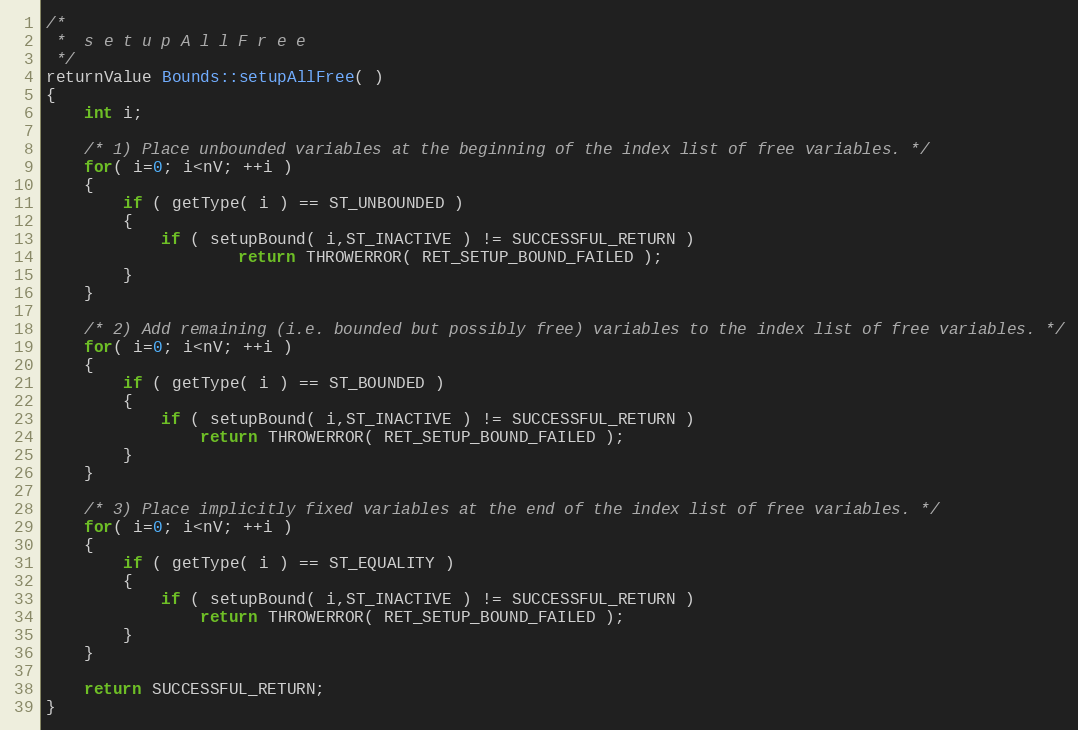
Language: C++
/*
 *	s e t u p A l l F r e e
 */
returnValue Bounds::setupAllFree( )
{
	int i;

	/* 1) Place unbounded variables at the beginning of the index list of free variables. */
	for( i=0; i<nV; ++i )
	{
		if ( getType( i ) == ST_UNBOUNDED )
		{
			if ( setupBound( i,ST_INACTIVE ) != SUCCESSFUL_RETURN )
					return THROWERROR( RET_SETUP_BOUND_FAILED );
		}
	}

	/* 2) Add remaining (i.e. bounded but possibly free) variables to the index list of free variables. */
	for( i=0; i<nV; ++i )
	{
		if ( getType( i ) == ST_BOUNDED )
		{
			if ( setupBound( i,ST_INACTIVE ) != SUCCESSFUL_RETURN )
				return THROWERROR( RET_SETUP_BOUND_FAILED );
		}
	}

	/* 3) Place implicitly fixed variables at the end of the index list of free variables. */
	for( i=0; i<nV; ++i )
	{
		if ( getType( i ) == ST_EQUALITY )
		{
			if ( setupBound( i,ST_INACTIVE ) != SUCCESSFUL_RETURN )
				return THROWERROR( RET_SETUP_BOUND_FAILED );
		}
	}

	return SUCCESSFUL_RETURN;
}